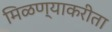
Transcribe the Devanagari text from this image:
मिळण्याकरीता